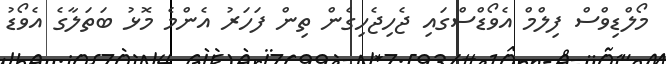
މޯލްޑިވްސް ފިލްމް އެވޯޑްސްގައި ޖެހިޖެހިގެން ތިން ފަހަރު އެންމެ މޮޅު ބަތަލާގެ އެވޯޑު